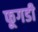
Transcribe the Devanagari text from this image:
फूगडी